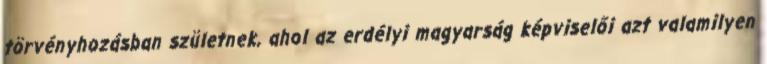
törvényhozásban születnek, ahol az erdélyi magyarság képviselői azt valamilyen